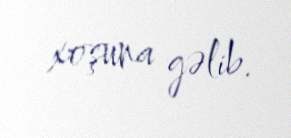
xoşuna gəlib.